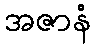
အဇာနံ